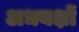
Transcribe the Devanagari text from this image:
अधयक्षों